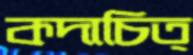
কদাচিত্